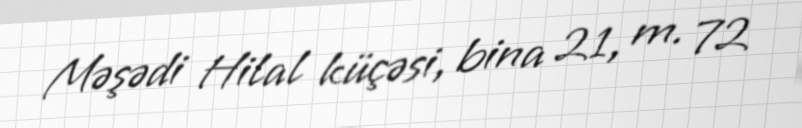
Məşədi Hilal küçəsi, bina 21, m. 72